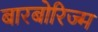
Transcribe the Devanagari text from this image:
बारबोरिज्म